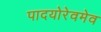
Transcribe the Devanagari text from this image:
पादयोरेवमेव